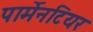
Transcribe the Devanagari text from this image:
पार्मेनटियर